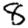
Digit: 8